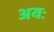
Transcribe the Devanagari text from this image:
अयः